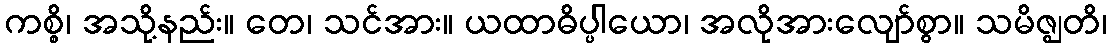
ကစ္စိ၊ အသို့နည်း။ တေ၊ သင်အား။ ယထာဓိပ္ပါယော၊ အလိုအားလျော်စွာ။ သမိဇ္ဈတိ၊